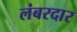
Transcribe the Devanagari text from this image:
लंबरदार